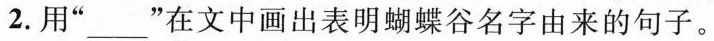
2.用”___”在文中画出表明蝴蝶谷名字由来的句子。